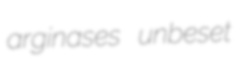
arginases unbeset